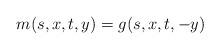
LaTeX: \begin{align*}m(s,x,t,y)=g(s,x,t,-y)\end{align*}